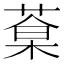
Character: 𦷎